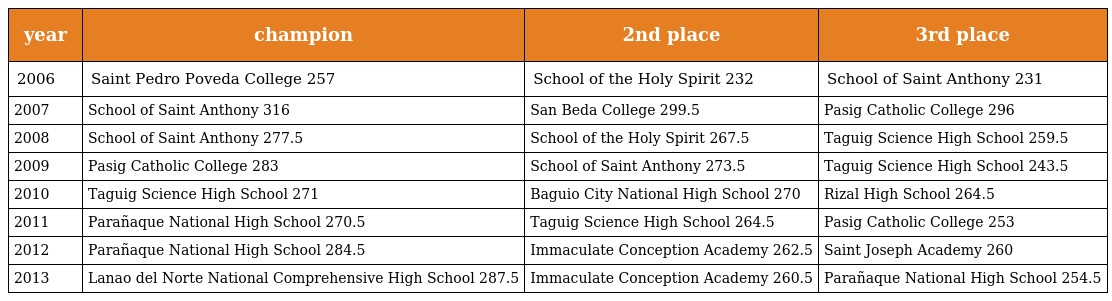
| year | champion | 2nd place | 3rd place |
 | --- | --- | --- | --- |
 | 2006 | Saint Pedro Poveda College 257 | School of the Holy Spirit 232 | School of Saint Anthony 231 |
 | 2007 | School of Saint Anthony 316 | San Beda College 299.5 | Pasig Catholic College 296 |
 | 2008 | School of Saint Anthony 277.5 | School of the Holy Spirit 267.5 | Taguig Science High School 259.5 |
 | 2009 | Pasig Catholic College 283 | School of Saint Anthony 273.5 | Taguig Science High School 243.5 |
 | 2010 | Taguig Science High School 271 | Baguio City National High School 270 | Rizal High School 264.5 |
 | 2011 | Parañaque National High School 270.5 | Taguig Science High School 264.5 | Pasig Catholic College 253 |
 | 2012 | Parañaque National High School 284.5 | Immaculate Conception Academy 262.5 | Saint Joseph Academy 260 |
 | 2013 | Lanao del Norte National Comprehensive High School 287.5 | Immaculate Conception Academy 260.5 | Parañaque National High School 254.5 |